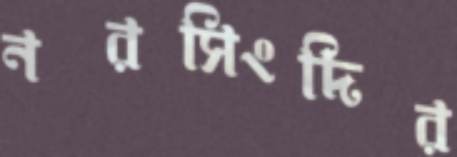
নরসিংদির